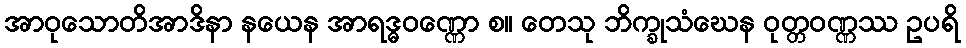
အာဝုသောတိအာဒိနာ နယေန အာရဒ္ဓဝဏ္ဏော စ။ တေသု ဘိက္ခုသံဃေန ဝုတ္တဝဏ္ဏဿ ဥပရိ